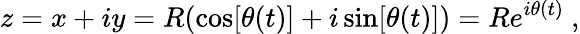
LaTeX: z=x+iy=R(\cos[\theta(t)]+i\sin[\theta(t)])=Re^{i\theta(t)}\ ,